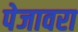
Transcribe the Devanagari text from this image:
पेजावरा